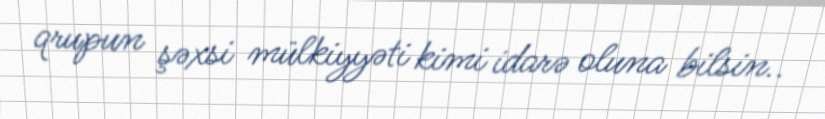
qrupun şəxsi mülkiyyəti kimi idarə oluna bilsin..